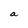
Character: a